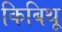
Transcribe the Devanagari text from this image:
किबिथू